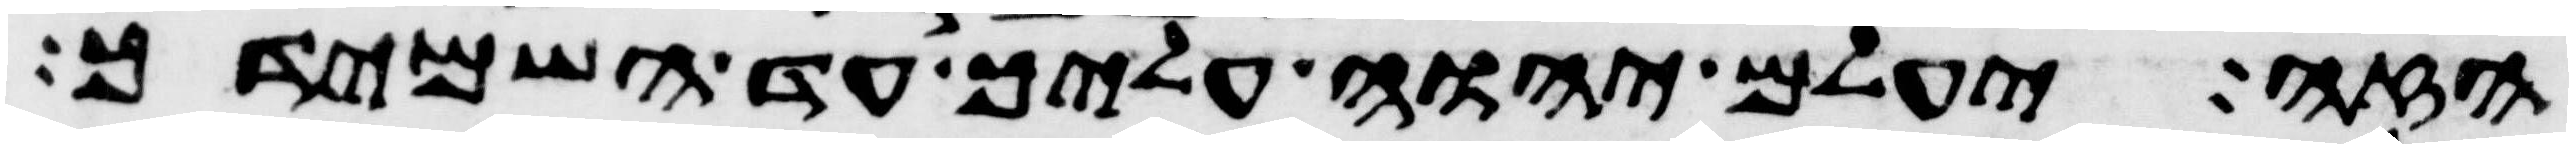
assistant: הזה יעלם יהוה עליך עד השמידך